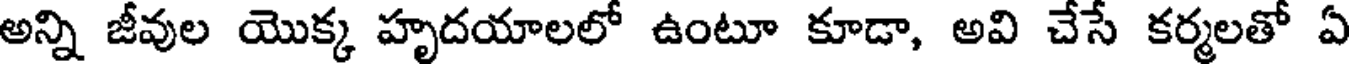
అన్ని జీవుల యొక్క హృదయాలలో ఉంటూ కూడా, అవి చేసే కర్మలతో ఏ